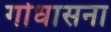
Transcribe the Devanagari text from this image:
गोधासना